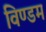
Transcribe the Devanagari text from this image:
विण्डम